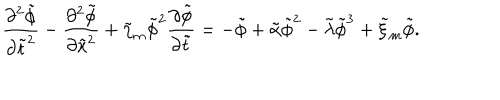
LaTeX: \frac { \partial ^ { 2 } \tilde { \phi } } { \partial \tilde { t } ^ { 2 } } - \frac { \partial ^ { 2 } \tilde { \phi } } { \partial \tilde { x } ^ { 2 } } + \tilde { \eta } _ { m } \tilde { \phi } ^ { 2 } \frac { \partial \tilde { \phi } } { \partial \tilde { t } } = - \tilde { \phi } + \tilde { \alpha } \tilde { \phi } ^ { 2 } - \tilde { \lambda } \tilde { \phi } ^ { 3 } + \tilde { \xi } _ { m } \tilde { \phi } .